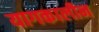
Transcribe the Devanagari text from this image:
यागकालीन